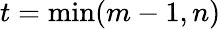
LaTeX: t=\operatorname*{min}(m-1,n)